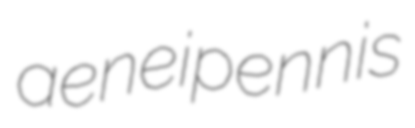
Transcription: aeneipennis